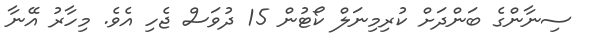
ސިނާންގެ ބަންދަށް ކުރިމިނަލް ކޯޓުން 15 ދުވަސް ޖެހި އެވެ. މިހާރު އޭނާ